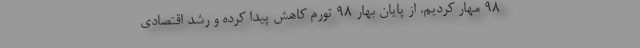
۹۸ مهار کردیم. از پایان بهار ۹۸ تورم کاهش پیدا کرده و رشد اقتصادی